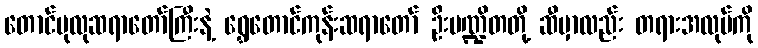
တောင်ပုလုဆရာတော်ကြီးနဲ့ ရွှေတောင်ကုန်းဆရာတော် ဦးပဏ္ဍိတတို့ ဆီမှာလည်း တရားအလုပ်ကို